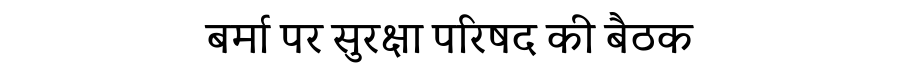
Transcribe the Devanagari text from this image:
बर्मा पर सुरक्षा परिषद की बैठक